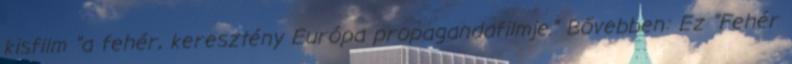
kisfilm "a fehér, keresztény Európa propagandafilmje." Bővebben: Ez "Fehér